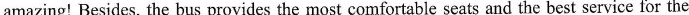
amazing! Besides, the bus provides the most comfortable seats and the best service for the